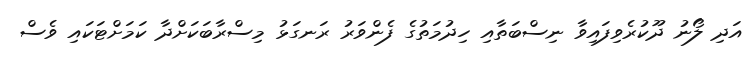
އަދި ލޯނު ދޫކުރެވިފައިވާ ނިސްބަތާއި ހިދުމަތުގެ ފެންވަރު ރަނގަޅު މިސްރާބަކަށްދާ ކަމަށްޓަކައި ވެސް